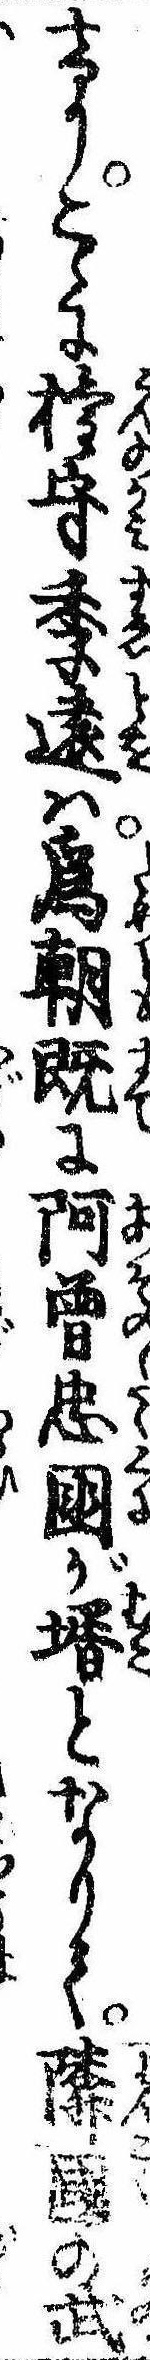
けりこゝに権守季遠は為朝既に阿曽忠国が婿となりて隣国の武